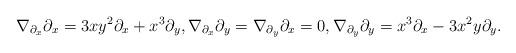
LaTeX: \begin{gather*}\nabla_{\partial_x} \partial_x = 3 x y^2 \partial_x + x^3 \partial_y , \nabla_{\partial_x} \partial_y = \nabla_{\partial_y} \partial_x = 0 , \nabla_{\partial_y} \partial_y = x^3 \partial_x - 3 x^2 y \partial_y .\end{gather*}